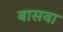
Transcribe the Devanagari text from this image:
बासवा